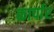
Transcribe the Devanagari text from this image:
कार्पार